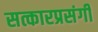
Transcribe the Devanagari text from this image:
सत्कारप्रसंगी